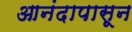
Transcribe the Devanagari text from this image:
आनंदापासून